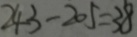
2 4 3 - 2 0 5 = 3 8